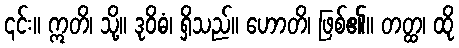
၎င်း။ ဣတိ၊ သို့။ ဒုဝိဓံ၊ ရှိသည်။ ဟောတိ၊ ဖြစ်၏။ တတ္ထ၊ ထို